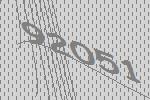
92051